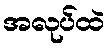
အလုပ်ထဲ